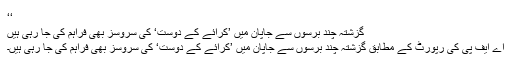
‘‘
گزشتہ چند برسوں سے جاپان میں ’کرائے کے دوست‘ کی سروسز بھی فراہم کی جا رہی ہیں
اے ایف پی کی رپورٹ کے مطابق گزشتہ چند برسوں سے جاپان میں ’کرائے کے دوست‘ کی سروسز بھی فراہم کی جا رہی ہیں۔